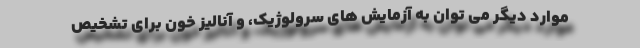
موارد دیگر می توان به آزمایش های سرولوژیک، و آنالیز خون برای تشخیص